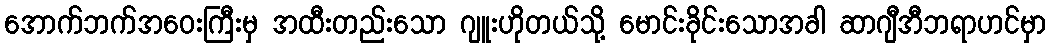
အောက်ဘက်အဝေးကြီးမှ အထီးတည်းသော ဂျူးဟိုတယ်သို့ မောင်းခိုင်းသောအခါ ဆာဂျီအီဘရာဟင်မှာ